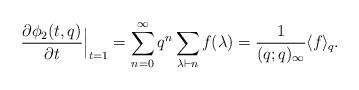
LaTeX: \begin{align*}\frac{\partial \phi_2(t,q)}{\partial t}\Bigr|_{t=1} = \sum_{n=0}^{\infty}q^n \sum_{\lambda \vdash n}f_{}(\lambda) = \frac{1}{(q;q)_{\infty}}\langle f_{}\rangle_q.\end{align*}